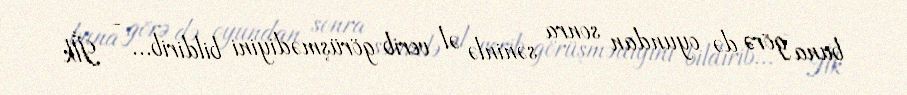
buna görə də oyundan sonra səninlə əl verib görüşmədiyini bildirib... - İlk